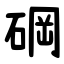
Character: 碙